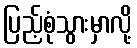
ပြည့်စုံသွားမှာလို့